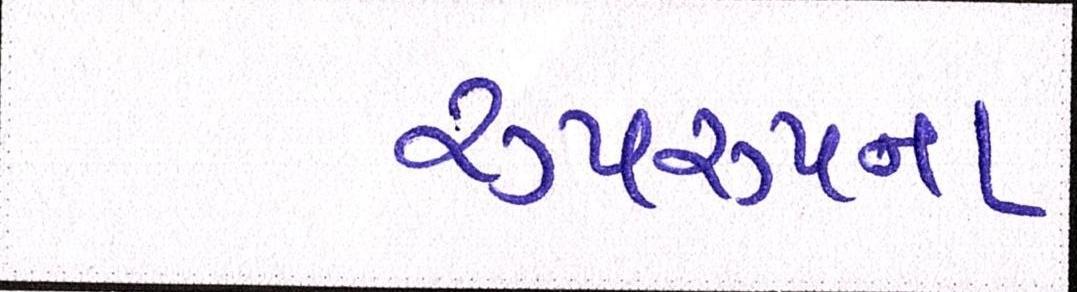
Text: રૂપરૂપના